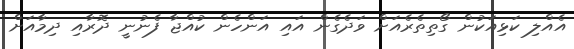
އެއްލި ކަޅިއަކުން ގޯތިތެރެއަށް ވަދެގެން އައި އަންހެން ކުއްޖާ ފެނުނީ ދޮރާއި ދިމާއަށް